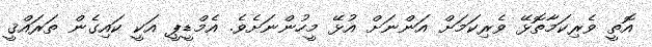
އޮތީ ވެރިކަމާތޮޅޭ ވެރިކަމަށް އަންނަށް އުޅޭ މީހުންނަށެވެ. އެމްޑީޕީ އަކީ ކައިގެން ތަރައްޤީ